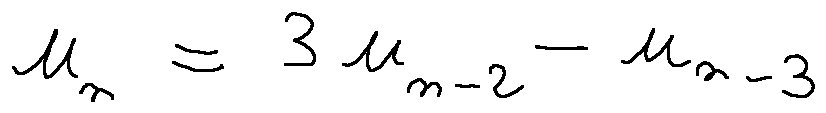
u _ { n } = 3 u _ { n - 2 } - u _ { n - 3 }